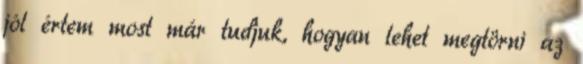
jól értem most már tudjuk, hogyan lehet megtörni az